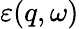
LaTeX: \varepsilon(q,\omega)